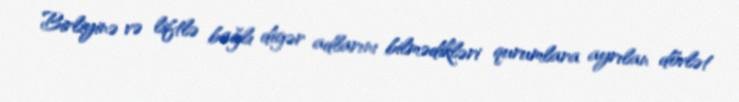
Birliyinə və liftlə bağlı digər adlarını bilmədikləri qurumlara ayrılan dövlət